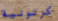
كرتونية